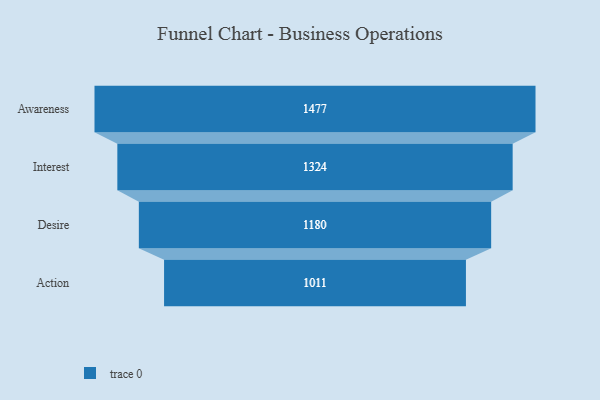
{"axis": {"x": "Stage", "y": "Value"}, "legend": [""], "data": [{"x": "Awareness", "y": 1477.0, "type": ""}, {"x": "Interest", "y": 1324.0, "type": ""}, {"x": "Desire", "y": 1180.0, "type": ""}, {"x": "Action", "y": 1011.0, "type": ""}]}